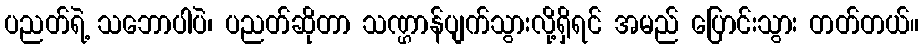
ပညတ်ရဲ့ သဘောပါပဲ၊ ပညတ်ဆိုတာ သဏ္ဌာန်ပျက်သွားလို့ရှိရင် အမည် ပြောင်းသွား တတ်တယ်။